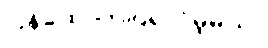
ပြန်ထောက်ပြရလိမ့်မယ်။